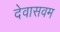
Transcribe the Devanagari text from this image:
देवासवम